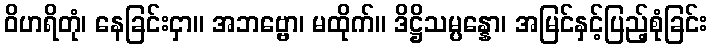
ဝိဟရိတုံ၊ နေခြင်းငှာ။ အဘဗ္ဗော၊ မထိုက်။ ဒိဋ္ဌိသမ္ပန္နော၊ အမြင်နှင့်ပြည့်စုံခြင်း